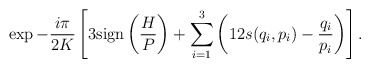
\begin{align*}\exp-\frac{i\pi}{2K}\left[3{\rm sign}\left(\frac{H}{P}\right)+\sum_{i=1}^{3}\left(12s(q_{i},p_{i})-\frac{q_{i}}{p_{i}}\right)\right].\end{align*}